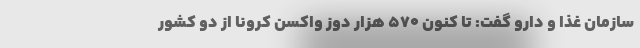
سازمان غذا و دارو گفت: تا کنون ۵۷۰ هزار دوز واکسن کرونا از دو کشور